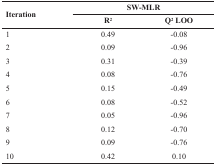
<table><thead><tr><td rowspan="2"><b>Iteration</b></td><td colspan="2"><b>SW-MLR</b></td></tr><tr><td><b>R<sup>2</sup></b></td><td><b>Q<sup>2</sup><sub>LOO</sub></b></td></tr></thead><tbody><tr><td>1</td><td>0.49</td><td>-0.08</td></tr><tr><td>2</td><td>0.09</td><td>-0.96</td></tr><tr><td>3</td><td>0.31</td><td>-0.39</td></tr><tr><td>4</td><td>0.08</td><td>-0.76</td></tr><tr><td>5</td><td>0.15</td><td>-0.49</td></tr><tr><td>6</td><td>0.08</td><td>-0.52</td></tr><tr><td>7</td><td>0.05</td><td>-0.96</td></tr><tr><td>8</td><td>0.12</td><td>-0.70</td></tr><tr><td>9</td><td>0.09</td><td>-0.76</td></tr><tr><td>10</td><td>0.42</td><td>0.10</td></tr></tbody></table>